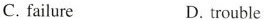
C. failure D. trouble